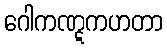
ဂေါကဏ္ဋကဟတာ